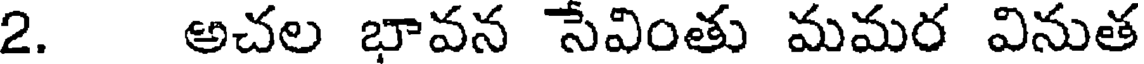
2. అచల భావన సేవింతు మమర వినుత